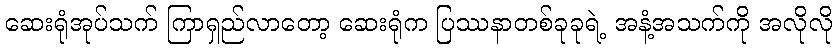
ဆေးရုံအုပ်သက် ကြာရှည်လာတော့ ဆေးရုံက ပြဿနာတစ်ခုခုရဲ့ အနံ့အသက်ကို အလိုလို